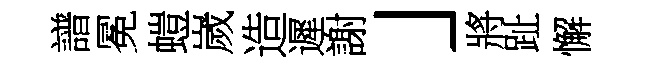
譜冕螘嵗造遲謝」將趾懈